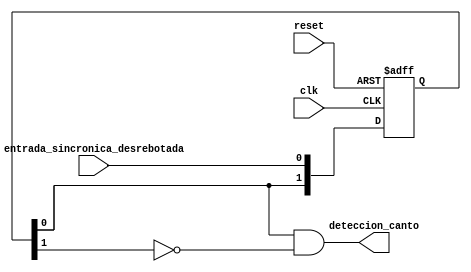
`timescale 1ns / 1ps

module detector_canto_subida(clk,reset,entrada_sincronica_desrebotada,deteccion_canto);

	input clk, reset, entrada_sincronica_desrebotada;
	output deteccion_canto;
	
	reg [1:0] flip_flops = 2'd0;
	
	always@(posedge clk or posedge reset)
	begin
	
		if(reset)
			flip_flops <= 2'd0;
		else 	
			flip_flops <= {flip_flops[0],entrada_sincronica_desrebotada};
	end
	
	assign deteccion_canto = (flip_flops[0]&&(~flip_flops[1]));


endmodule